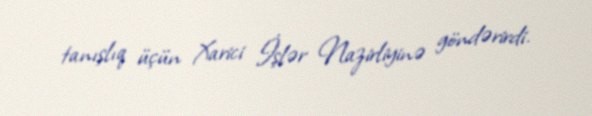
tanışlıq üçün Xarici İşlər Nazirliyinə göndərirdi.